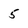
Character: 5